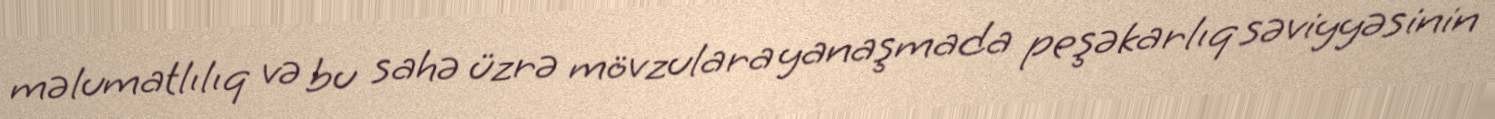
məlumatlılıq və bu sahə üzrə mövzulara yanaşmada peşəkarlıq səviyyəsinin